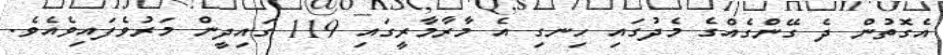
އެގޮތުން ދެ ގޭންގެއްގެ މެދުގައި ހިނގި އެ މާރާމާރީގައި 119 ގައިދީން މަރުވެފައިވެއެވެ.